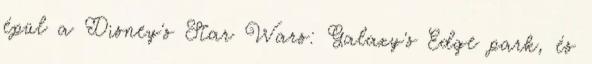
épül a Disney's Star Wars: Galaxy's Edge park, és